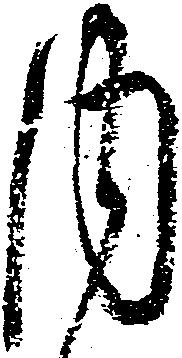
内